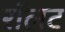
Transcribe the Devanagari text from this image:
रॉलट